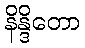
နိန္ဒိတော